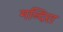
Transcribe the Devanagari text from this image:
मन्दिरा